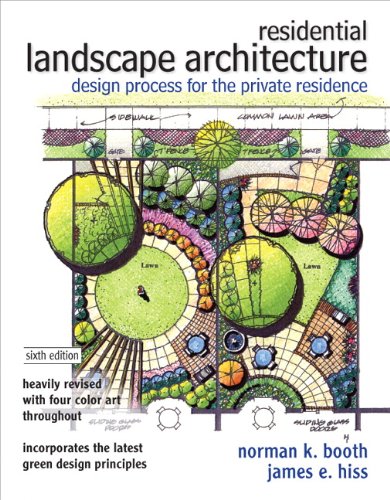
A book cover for Residential Landscape Architecture: Design Process for the Private Residence (6th Edition); Norman K. Booth; Crafts, Hobbies & Home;